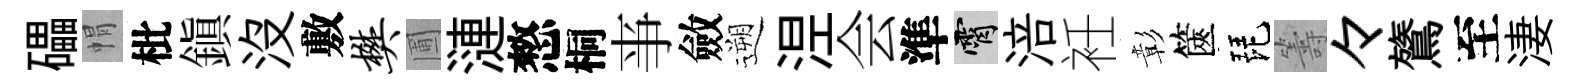
礧㡌枇鎮沒敷樊圃漣憗桐亊斂遡𣵀会準霄涪衽彰篋琵籌々鷟至淒